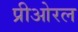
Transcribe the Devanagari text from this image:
प्रीओरल